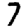
Digit: 7